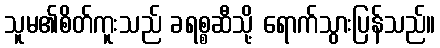
သူမ၏စိတ်ကူးသည် ခရစ္စဆီသို့ ရောက်သွားပြန်သည်။